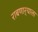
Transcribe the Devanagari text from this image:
राबणार्‍याला